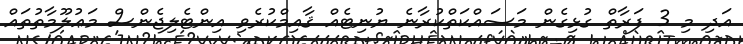
އަދި މި 3 ފަރާތް ގުޅިގެން މަސައްކަތްކުރާނެ ޔުނިޓެއް ޤާއިމްކުރެވި އިންޓެލިޖެންސް މަޢުލޫމާތުތައް